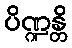
ပိဏ္ဍန္တိ